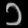
Digit: ၁